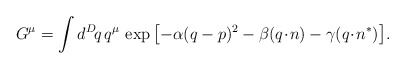
\begin{align*}G^\mu = \int d^D\! q\, q^\mu \,\exp{\left[-\alpha (q-p)^2-\beta (q\!\cdot\! n)-\gamma (q\!\cdot\! n^*)\right]} .\end{align*}